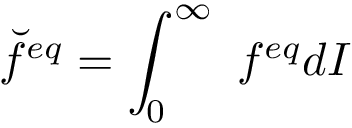
\breve { f } ^ { e q } = \int _ { 0 } ^ { \infty } \ f ^ { e q } d I